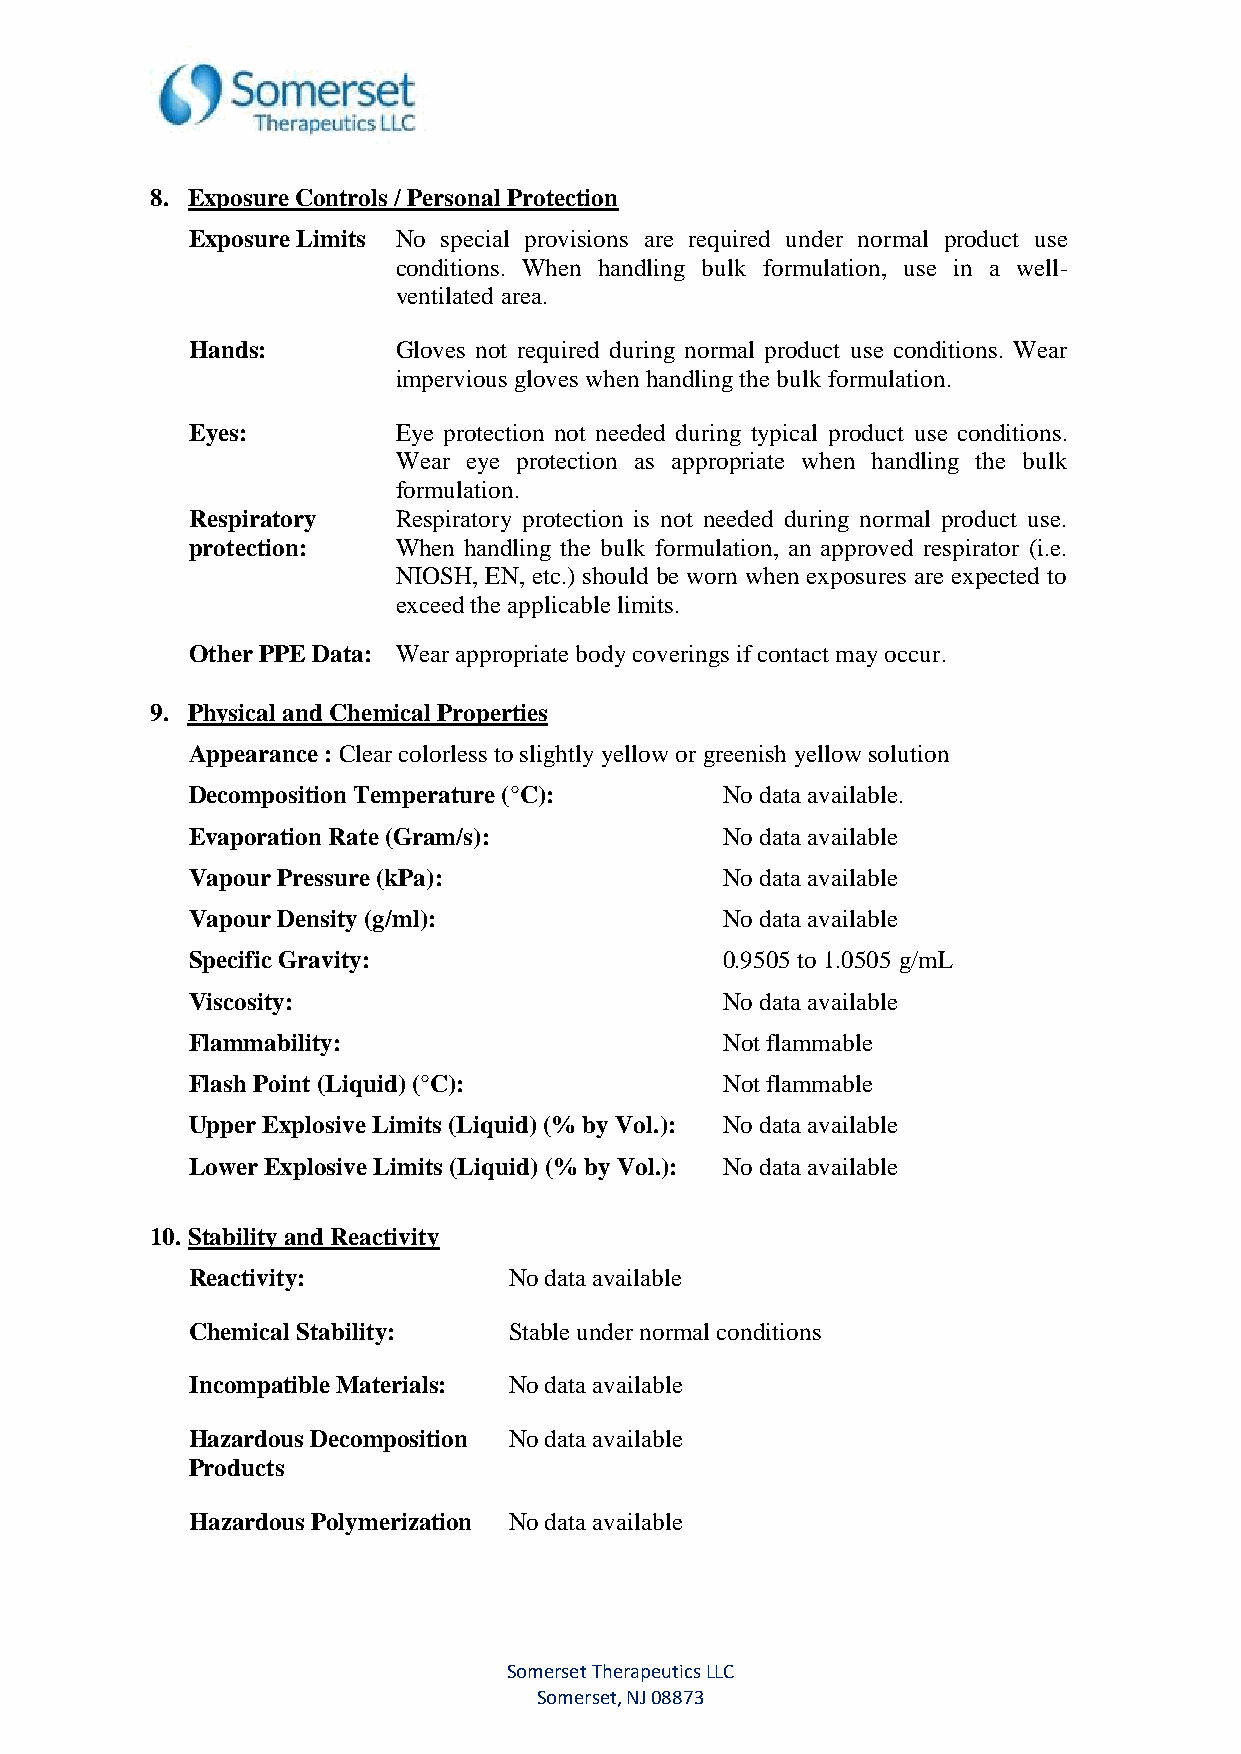
8. Exposure Controls / Personal Protection
 Exposure Limits No special provisions are required under normal product use
 conditions. When handling bulk formulation, use in a well-
 ventilated area.
 Hands:        Gloves not required during normal product use conditions. Wear
 impervious gloves when handling the bulk formulation.
 Eyes:         Eye protection not needed during typical product use conditions.
 Wear eye protection as appropriate when handling the bulk
 formulation.
 Respiratory   Respiratory protection is not needed during normal product use.
 protection:   When handling the bulk formulation, an approved respirator (i.e.
 NIOSH, EN, etc.) should be worn when exposures are expected to
 exceed the applicable limits.
 Other PPE Data: Wear appropriate body coverings if contact may occur.
 9. Physical and Chemical Properties
 Appearance : Clear colorless to slightly yellow or greenish yellow solution
 Decomposition Temperature (°C):     No data available.
 Evaporation Rate (Gram/s):          No data available
 Vapour Pressure (kPa):              No data available
 Vapour Density (g/ml):              No data available
 Specific Gravity:                   0.9505 to 1.0505 g/mL
 Viscosity:                          No data available
 Flammability:                       Not flammable
 Flash Point (Liquid) (°C):          Not flammable
 Upper Explosive Limits (Liquid) (% by Vol.): No data available
 Lower Explosive Limits (Liquid) (% by Vol.): No data available
 10. Stability and Reactivity
 Reactivity:           No data available
 Chemical Stability:   Stable under normal conditions
 Incompatible Materials: No data available
 Hazardous Decomposition No data available
 Products
 Hazardous Polymerization No data available
 Somerset Therapeutics LLC
 Somerset, NJ 08873